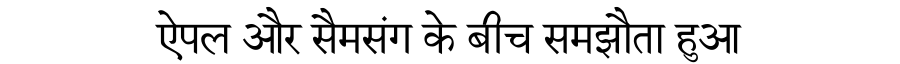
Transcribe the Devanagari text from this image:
ऐपल और सैमसंग के बीच समझौता हुआ